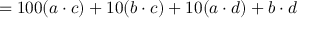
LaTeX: = 1 0 0 ( a \cdot c ) + 1 0 ( b \cdot c ) + 1 0 ( a \cdot d ) + b \cdot d